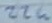
Text: 22u